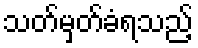
သတ်မှတ်ခံရသည့်